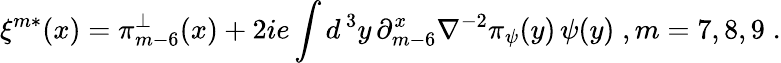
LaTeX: \xi^{m*}(x)=\pi_{m-6}^{\perp}(x)+2ie\int d^{\, 3}y\, \partial_{m-6}^{x}\nabla^{-2}\pi_{\psi}(y)\, \psi(y)\; ,m=7,8,9\; .